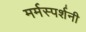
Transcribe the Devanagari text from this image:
मर्मस्पर्शनी